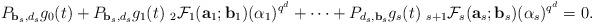
LaTeX: \begin{align*}P_{{\bf b}_s, d_s}{g_0(t)}+P_{{\bf b}_s, d_s}{g_1(t)}~_{2}\mathcal{F}_{1}({\bf a}_1; {\bf b}_1)(\alpha_1)^{q^d}+\cdots +P_{d_s, {\bf b}_s}{g_s(t)}~_{s+1}\mathcal{F}_{s}({\bf a}_s; {\bf b}_s)(\alpha_s)^{q^d}=0.\end{align*}